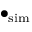
\bullet _ { \mathrm { s i m } }